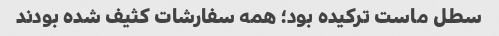
سطل ماست ترکیده بود؛ همه سفارشات کثیف شده بودند